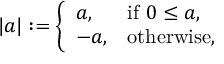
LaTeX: | a | : = { \left\{ \begin{array} { l l } { a , } & { { \mathrm { i f ~ } } 0 \leq a , } \\ { - a , } & { { \mathrm { o t h e r w i s e } } , } \end{array} \right. }